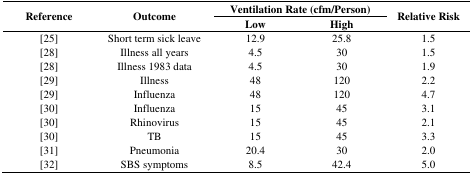
<table><thead><tr><td rowspan="2"><b>Reference</b></td><td rowspan="2"><b>Outcome</b></td><td colspan="2"><b>Ventilation Rate (cfm/Person)</b></td><td rowspan="2"><b>Relative Risk</b></td></tr><tr><td><b>Low</b></td><td><b>High</b></td></tr></thead><tbody><tr><td>[25]</td><td>Short term sick leave</td><td>12.9</td><td>25.8</td><td>1.5</td></tr><tr><td>[28]</td><td>Illness all years</td><td>4.5</td><td>30</td><td>1.5</td></tr><tr><td>[28]</td><td>Illness 1983 data</td><td>4.5</td><td>30</td><td>1.9</td></tr><tr><td>[29]</td><td>Illness</td><td>48</td><td>120</td><td>2.2</td></tr><tr><td>[29]</td><td>Influenza</td><td>48</td><td>120</td><td>4.7</td></tr><tr><td>[30]</td><td>Influenza</td><td>15</td><td>45</td><td>3.1</td></tr><tr><td>[30]</td><td>Rhinovirus</td><td>15</td><td>45</td><td>2.1</td></tr><tr><td>[30]</td><td>TB</td><td>15</td><td>45</td><td>3.3</td></tr><tr><td>[31]</td><td>Pneumonia</td><td>20.4</td><td>30</td><td>2.0</td></tr><tr><td>[32]</td><td>SBS symptoms</td><td>8.5</td><td>42.4</td><td>5.0</td></tr></tbody></table>